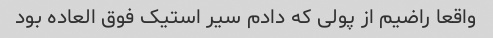
واقعا راضیم از پولی که دادم سیر استیک فوق العاده بود